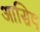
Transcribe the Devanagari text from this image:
आसिष